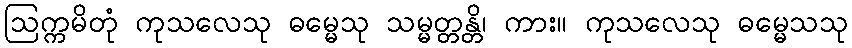
ဩက္ကမိတုံ ကုသလေသု ဓမ္မေသု သမ္မတ္တန္တိ၊ ကား။ ကုသလေသု ဓမ္မေသသု